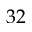
3 2